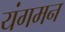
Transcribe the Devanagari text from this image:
यंगमन